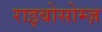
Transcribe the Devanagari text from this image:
राइबोसोम्ज़